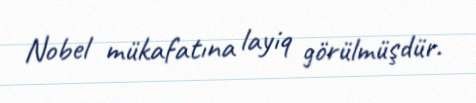
Nobel mükafatına layiq görülmüşdür.